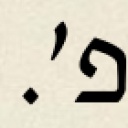
פ׳.